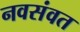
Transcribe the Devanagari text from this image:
नवसंवत